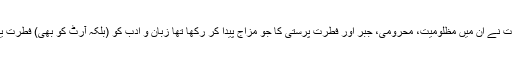
(ب) روسیوں کے طبعی اور سیاسی حالات نے ان میں مظلومیت، محرومی، جبر اور فطرت پرستی کا جو مزاج پیدا کر رکھا تھا زبان و ادب کو (بلکہ آرٹ کو بھی) فطرت یا ارضی حقیقت پسندی کے نزدیک رکھا۔